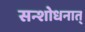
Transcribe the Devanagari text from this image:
सन्शोधनात्